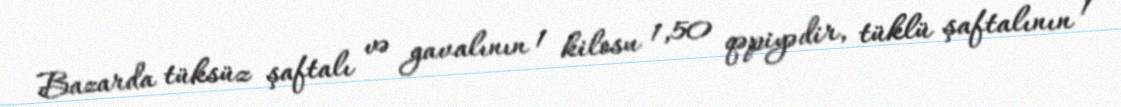
Bazarda tüksüz şaftalı və gavalının 1 kilosu 1,50 qəpiyədir, tüklü şaftalının 1